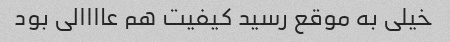
خیلی به موقع رسید کیفیت هم عاااالی بود